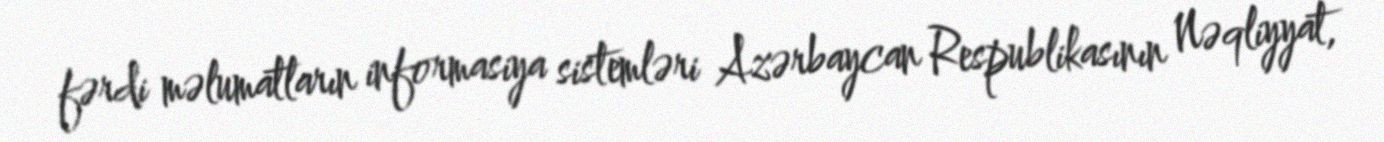
fərdi məlumatların informasiya sistemləri Azərbaycan Respublikasının Nəqliyyat,